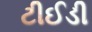
ટીઈડી